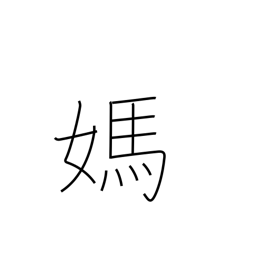
Meaning: mare